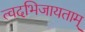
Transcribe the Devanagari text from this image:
त्वदभिजायताम्